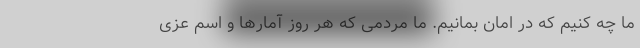
ما چه کنیم که در امان بمانیم. ما مردمی که هر روز آمارها و اسم عزی